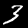
Label: 3